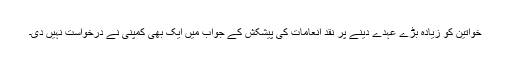
خواتین کو زیادہ بڑے عہدے دینے پر نقد انعامات کی پیشکش کے جواب میں ایک بھی کمپنی نے درخواست نہیں دی۔